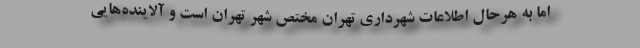
اما به هرحال اطلاعات شهرداری تهران مختص شهر تهران است و آلاینده‌هایی